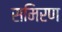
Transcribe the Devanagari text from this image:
समिरण